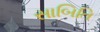
સાબિતિ